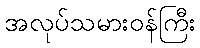
အလုပ်သမားဝန်ကြီး